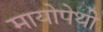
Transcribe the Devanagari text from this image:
मायोपेथी